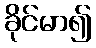
ခိုင်မာ၍